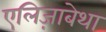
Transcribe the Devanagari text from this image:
एलिज़ाबेथा